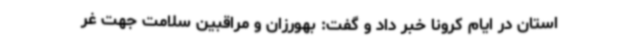
استان در ایام کرونا خبر داد و گفت: بهورزان و مراقبین سلامت جهت غر